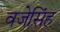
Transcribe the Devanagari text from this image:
वजेसिंह